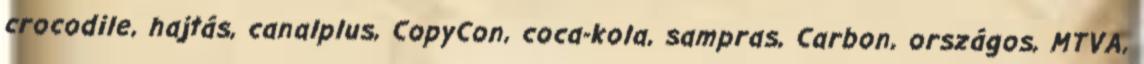
crocodile, hajtás, canalplus, CopyCon, coca-kola, sampras, Carbon, országos, MTVA,